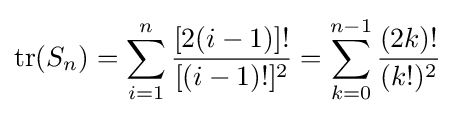
{\text{tr}}(S_{n})=\sum _{i=1}^{n}{\frac {[2(i-1)]!}{[(i-1)!]^{2}}}=\sum _{k=0}^{n-1}{\frac {(2k)!}{(k!)^{2}}}